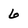
Character: 6